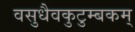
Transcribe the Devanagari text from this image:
वसुधैवकुटुम्बकम्